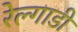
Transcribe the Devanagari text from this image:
रेल्गाडी